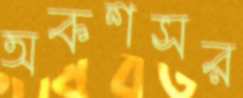
অকশসর